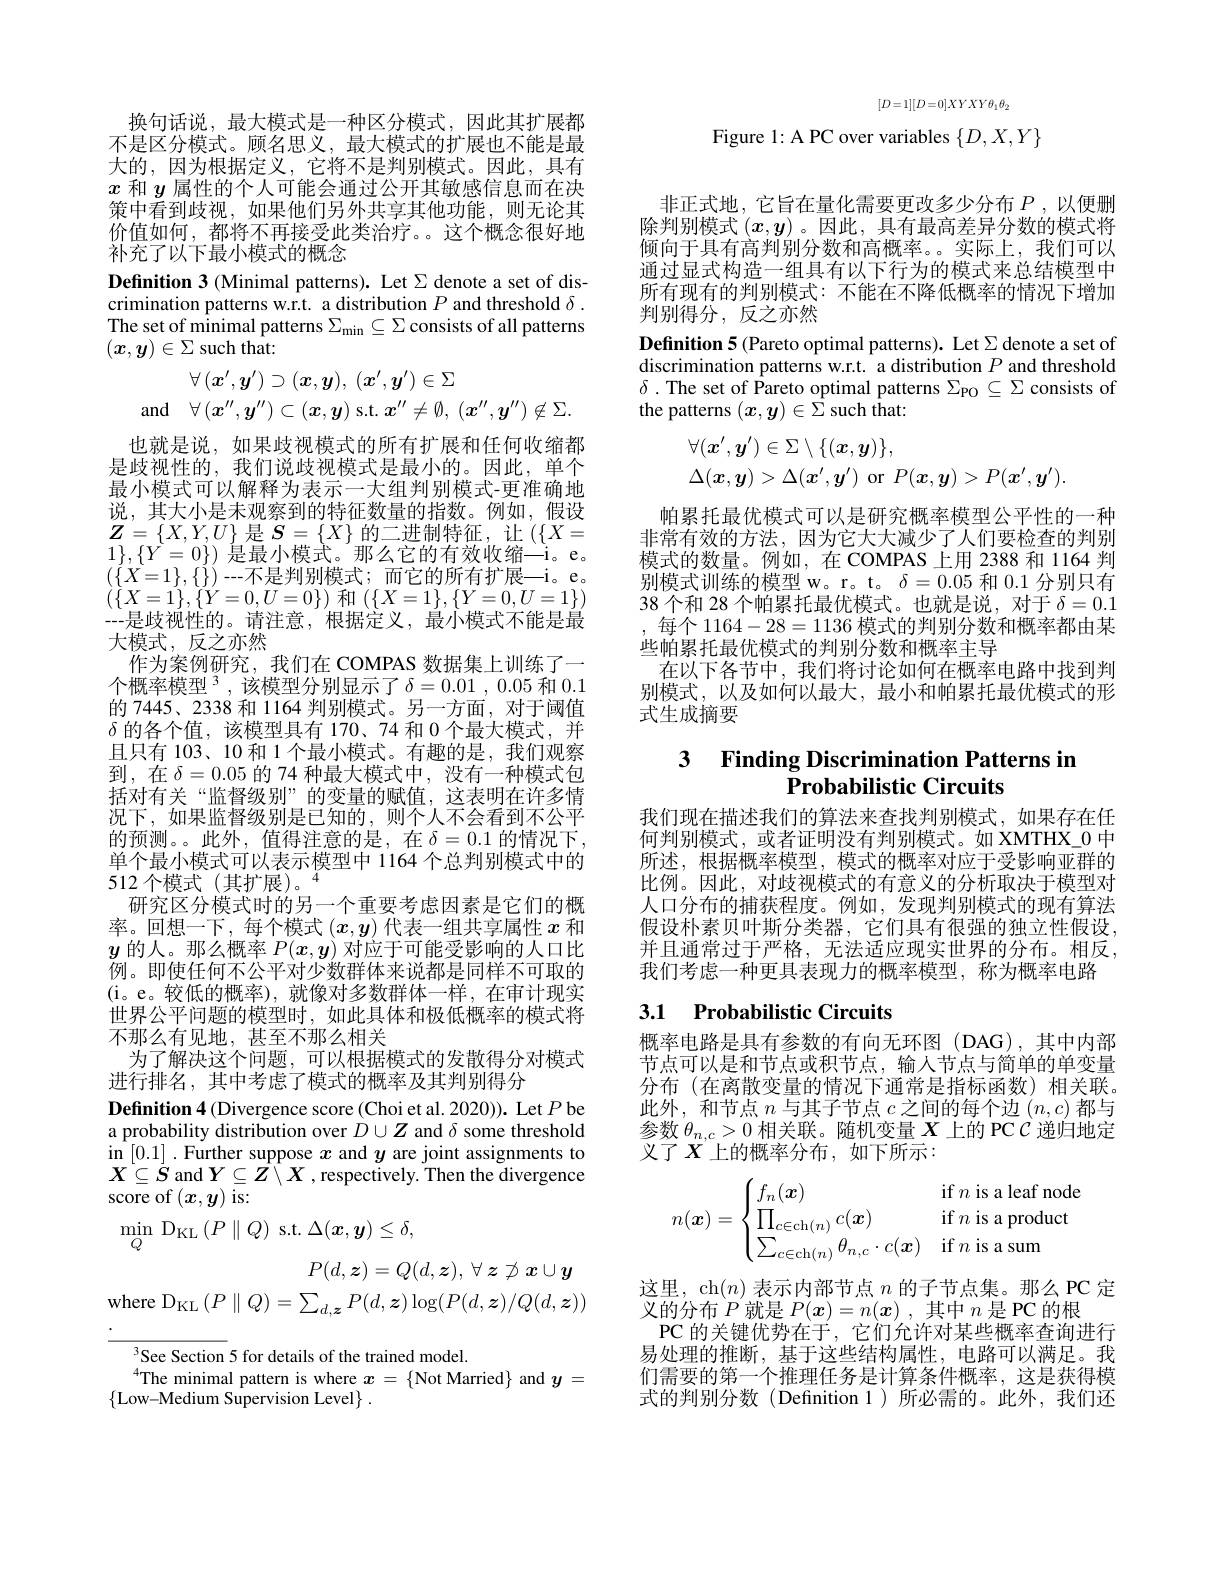
$$[D=1][D=0]XYXY\theta_1\theta_2$$
Figure 1: A PC over variables $\{D,X,Y\}$

换句话说，最大模式是一种区分模式，因此其扩展都不是区分模式。顾名思义，最大模式的扩展也不能是最大的，因为根据定义，它将不是判别模式。因此，具有$x$和$y$属性的个人可能会通过公开其敏感信息而在决策中看到歧视，如果他们另外共享其他功能，则无论其价值如何，都将不再接受此类治疗。。这个概念很好地补充了以下最小模式的概念
Definition 3 (Minimal patterns). Let $\Sigma$ denote a set of discrimination patterns w.r.t. a distribution $P$ and threshold $\delta.$ The set of minimal patterns $\Sigma_\mathrm{min}\subseteq\Sigma$ consists of all patterns $(x,y)\in\Sigma$ such that:
$$\begin{aligned}&\forall\:(\boldsymbol{x}^{\prime},\boldsymbol{y}^{\prime})\supset(\boldsymbol{x},\boldsymbol{y}),\:(\boldsymbol{x}^{\prime},\boldsymbol{y}^{\prime})\in\Sigma\\&\mathrm{and}\quad\forall\:(\boldsymbol{x}^{\prime\prime},\boldsymbol{y}^{\prime\prime})\subset(\boldsymbol{x},\boldsymbol{y})\mathrm{~s.t.~}\boldsymbol{x}^{\prime\prime}\neq\emptyset,\:(\boldsymbol{x}^{\prime\prime},\boldsymbol{y}^{\prime\prime})\not\in\Sigma.\end{aligned}$$
也就是说，如果歧视模式的所有扩展和任何收缩都是歧视性的，我们说歧视模式是最小的。因此，单个最小模式可以解释为表示一大组判别模式-更准确地说，其大小是未观察到的特征数量的指数。例如，假设$\boldsymbol{Z}=\{X,Y,U\}$ 是$\boldsymbol{S}=\{X\}$ 的二进制特征，让($\{X=$ $\begin{array}{l}{1\},\{Y=0\})\text{ 是最小模式。那么它的有效收缩—i。e。}}\\{(\{X=1\},\{\})--\text{不是判别模式；而它的所有扩展—i。e。}}\\{(\{X=1\},\{\})--\text{不是判别模式；而它的所有扩展—i。e。}}\end{array}$ $\left(\{X=1\},\{Y=0,U=0\}\right)$和$\left(\{X=1\},\{Y=0,U=1\}\right)$ ---是歧视性的。请注意，根据定义，最小模式不能是最大模式，反之亦然
作为案例研究，我们在 COMPAS 数据集上训练了一个概率模型 3 , 该模型分别显示了$\delta=0.01$ , 0.05 和0.1的 7445、2338 和 1164 判别模式。另一方面，对于阈值$\delta$的各个值，该模型具有 170、74 和 0 个最大模式，并且只有 103、10 和 1 个最小模式。有趣的是，我们观察到，在$\delta=0.05$的 74 种最大模式中，没有一种模式包括对有关“监督级别”的变量的赋值，这表明在许多情况下，如果监督级别是已知的，则个人不会看到不公平的预测。。此外，值得注意的是，在$\delta=0.1$的情况下， 单个最小模式可以表示模型中 1164 个总判别模式中的512 个模式(其扩展)。
研究区分模式时的另一个重要考虑因素是它们的概率。回想一下，每个模式$(x,y)$代表一组共享属性$x$和$y$的人。那么概率$P(\boldsymbol{x},\boldsymbol{y})$对应于可能受影响的人口比例。即使任何不公平对少数群体来说都是同样不可取的(i。e。较低的概率),就像对多数群体一样，在审计现实世界公平问题的模型时，如此具体和极低概率的模式将不那么有见地，甚至不那么相关
为了解决这个问题，可以根据模式的发散得分对模式
进行排名，其中考虑了模式的概率及其判别得分
Definition 4 (Divergence score (Choi et al. 2020)). Let $P$ be a probability distribution over $\dot{D}\cup\boldsymbol{Z}$ and $\delta$ some threshold in [0.1] .Further suppose $x$ and $y$ are joint assignments to $X\subseteq S$ and $Y\subseteq Z\setminus X$ , respectively. Then the divergence score of $(\boldsymbol{x},\boldsymbol{y})$ is:
$\operatorname*{min}_{Q}$DKL$\left(P\parallel Q\right)$s.t.$\Delta(x,\boldsymbol{y})\leq\delta$,
$P( d, \boldsymbol{z}) = Q( d, \boldsymbol{z}) $, $\forall \boldsymbol{z}\not \supset x\cup y$
where $\mathrm{D}_{\mathrm{KL}}\left(P\parallel Q\right)=\sum_{d,\boldsymbol{z}}P(d,\boldsymbol{z})\log(P(d,\boldsymbol{z})/Q(d,\boldsymbol{z}))$

See Section 5 for details of the trained model.
$^{4}$The minimal pattern is where $x=\{$Not Married$\}$ and $y=$
$\{$Low-Medium Supervision Level$\}.$

非正式地，它旨在量化需要更改多少分布$P$,以便删除判别模式$(x,y)$ 。因此 ,具有最高差异分数的模式将倾向于具有高判别分数和高概率。。实际上，我们可以通过显式构造一组具有以下行为的模式来总结模型中所有现有的判别模式：不能在不降低概率的情况下增加判别得分，反之亦然

Definition 5 (Pareto optimal patterns). Let $\Sigma$ denote a set of discrimination patterns w.r.t. a distribution $P$ and threshold $\delta.$ The set of Pareto optimal patterns $\Sigma_\mathrm{PO}\subseteq\Sigma$ consists of the patterns $(x,y)\in\bar{\Sigma}$ such that:
$$\begin{aligned}&\forall(\boldsymbol{x}^{\prime},\boldsymbol{y}^{\prime})\in\Sigma\setminus\{(\boldsymbol{x},\boldsymbol{y})\},\\&\Delta(\boldsymbol{x},\boldsymbol{y})>\Delta(\boldsymbol{x}^{\prime},\boldsymbol{y}^{\prime})\mathrm{~or~}P(\boldsymbol{x},\boldsymbol{y})>P(\boldsymbol{x}^{\prime},\boldsymbol{y}^{\prime}).\end{aligned}$$
帕累托最优模式可以是研究概率模型公平性的一种非常有效的方法，因为它大大减少了人们要检查的判别模式的数量。例如，在 COMPAS 上用 2388 和 1164 判别模式训练的模型 w。r。t。$\delta=0.05$和0.1分别只有38 个和 28 个帕累托最优模式。也就是说，对于$\delta=0.1$ 每个 1164-28=1136模式的判别分数和概率都由某些帕累托最优模式的判别分数和概率主导
在以下各节中，我们将讨论如何在概率电路中找到判别模式，以及如何以最大，最小和帕累托最优模式的形式生成摘要

### 3 Finding Discrimination Patterns in Probabilistic Circuits

我们现在描述我们的算法来查找判别模式，如果存在任何判别模式，或者证明没有判别模式。如 XMTHX\_0 中所述，根据概率模型，模式的概率对应于受影响亚群的比例。因此，对歧视模式的有意义的分析取决于模型对人口分布的捕获程度。例如，发现判别模式的现有算法假设朴素贝叶斯分类器，它们具有很强的独立性假设， 并且通常过于严格，无法适应现实世界的分布。相反， 我们考虑一种更具表现力的概率模型，称为概率电路

# 3.1 Probabilistic Circuits

概率电路是具有参数的有向无环图(DAG),其中内部节点可以是和节点或积节点，输入节点与简单的单变量分布 (在离散变量的情况下通常是指标函数)相关联。此外，和节点$n$与其子节点$c$之间的每个边$(n,c)$都与参数$\theta_{n,c}>0$相关联。随机变量$X$上的 PC $\mathcal{C}$递归地定义了 $X^{\prime}$上的概率分布，如下所示：
$$n(\boldsymbol{x})=\begin{cases}f_n(\boldsymbol{x})&\text{if}n\text{is a leaf node}\\\prod_{c\in\text{ch}(n)}c(\boldsymbol{x})&\text{if}n\text{is a product}\\\sum_{c\in\text{ch}(n)}\theta_{n,c}\cdot c(\boldsymbol{x})&\text{if}n\text{is a sum}\end{cases}$$
这里，ch$(n)$表示内部节点$n$的子节点集。那么 PC 定
义的分布$P$就是$P(\boldsymbol{x})=n(\boldsymbol{x})$ ,其中$n$是 PC 的根
PC 的关键优势在于，它们允许对某些概率查询进行易处理的推断，基于这些结构属性，电路可以满足。我们需要的第一个推理任务是计算条件概率，这是获得模式的判别分数(Definition 1)所必需的。此外，我们还